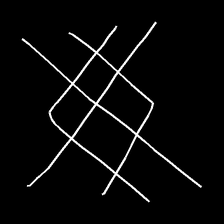
Glyph: crystal